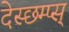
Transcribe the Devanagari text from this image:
देस्छम्प्स्